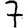
Digit: 7